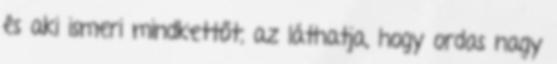
és aki ismeri mindkettőt, az láthatja, hogy ordas nagy